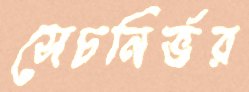
সেচনির্ভর